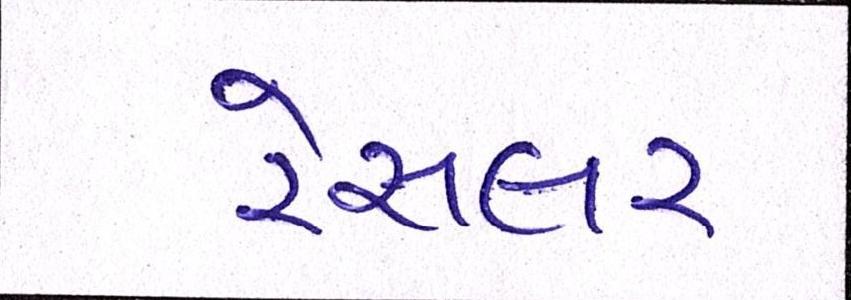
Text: રેસલર